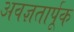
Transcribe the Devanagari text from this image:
अवज्ञतार्पूक